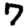
Digit: 7